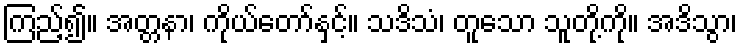
ကြည့်၍။ အတ္တနာ၊ ကိုယ်တော်နှင့်။ သဒိသံ၊ တူသော သူတို့ကို။ အဒိသွာ၊